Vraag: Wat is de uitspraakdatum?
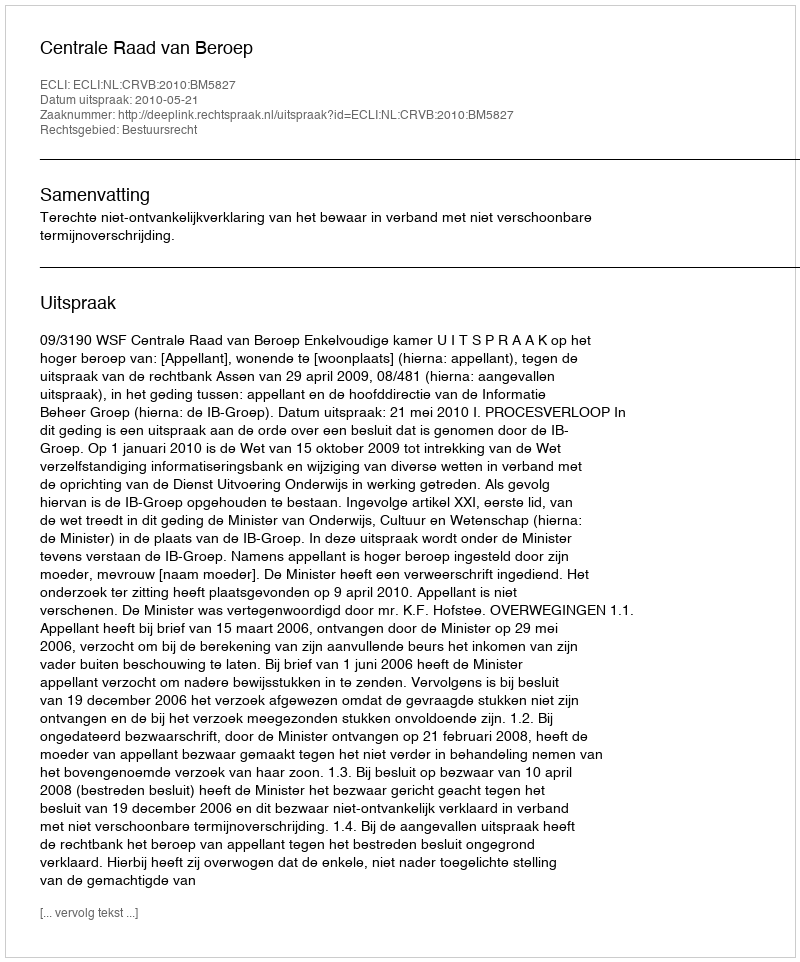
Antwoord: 2010-05-21